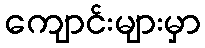
ကျောင်းများမှာ